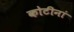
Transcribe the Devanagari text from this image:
कोटीनां